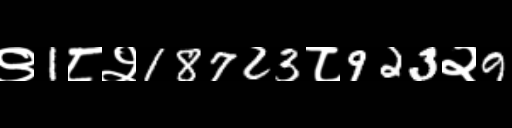
Text: ९1८२18723८923२9